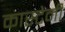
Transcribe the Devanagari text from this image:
कास्टेनी